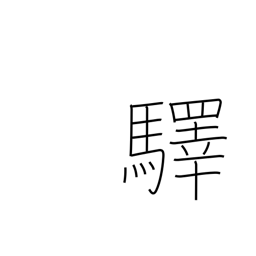
Meaning: station